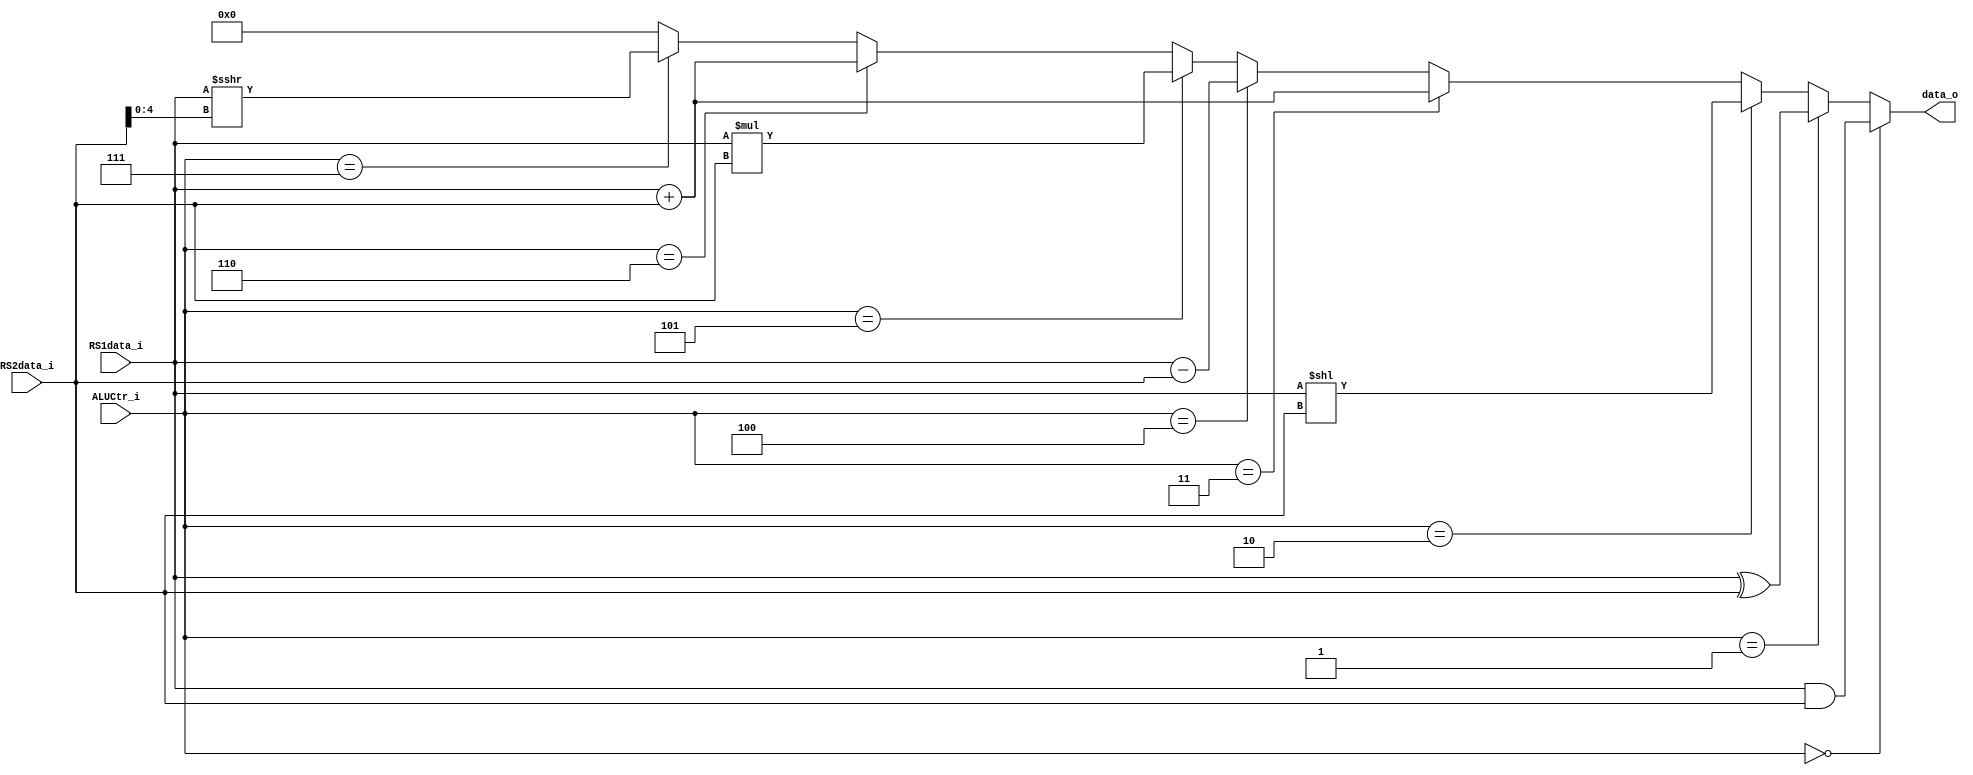
`define  AND 3'b000
`define  XOR 3'b001
`define  SLL 3'b010
`define  ADD 3'b011
`define  SUB 3'b100
`define  MUL 3'b101
`define  ADDI 3'b110
`define  SRAI 3'b111

module ALU(
    ALUCtr_i, 
    RS1data_i, 
    RS2data_i,  
    data_o
);

input [2:0] ALUCtr_i;
input signed [31:0] RS1data_i;
input [31:0] RS2data_i;
output [31:0] data_o;


assign data_o = (ALUCtr_i == `AND) ? RS1data_i &   RS2data_i: // and
                (ALUCtr_i == `XOR) ? RS1data_i ^   RS2data_i: // xor
                (ALUCtr_i == `SLL) ? RS1data_i <<  RS2data_i: // sll
                (ALUCtr_i == `ADD) ? RS1data_i +   RS2data_i: // add
                (ALUCtr_i == `SUB) ? RS1data_i -   RS2data_i: // sub
                (ALUCtr_i == `MUL) ? RS1data_i *   RS2data_i: // mul
                (ALUCtr_i == `ADDI) ? RS1data_i +   RS2data_i: // addi
                (ALUCtr_i == `SRAI) ? RS1data_i >>> RS2data_i[4:0]: // sra
                32'b0;

endmodule